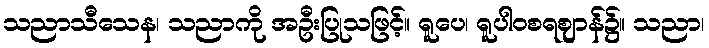
သညာသီသေန၊ သညာကို အဦးပြုသဖြင့်။ ရူပေ၊ ရူပါဝစရဈာန်၌။ သညာ၊